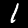
Label: 1